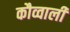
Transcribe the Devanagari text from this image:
कौव्वाली